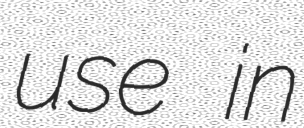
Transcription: use in